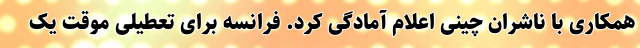
همکاری با ناشران چینی اعلام آمادگی کرد. فرانسه برای تعطیلی موقت یک